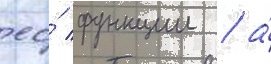
ео́ функции / а́